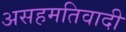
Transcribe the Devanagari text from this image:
असहमतिवादी